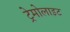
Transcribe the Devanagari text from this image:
ट्रेमोलाइट